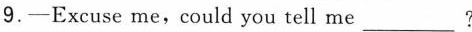
9.——Excuse me,could you tell me___?